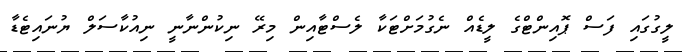
ލީގުގައި ފަސް ޕޮއިންޓްގެ ލީޑެއް ނެގުމަށްޓަކާ ލެސްޓާއިން މިރޭ ނިކުންނާނީ ނިއުކާސަލް ޔުނައިޓެޑާ